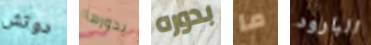
دوتش بدورها بدوره ما البارود